Document type: Sale
Year: 1354
Scribe: Bernat de Torre
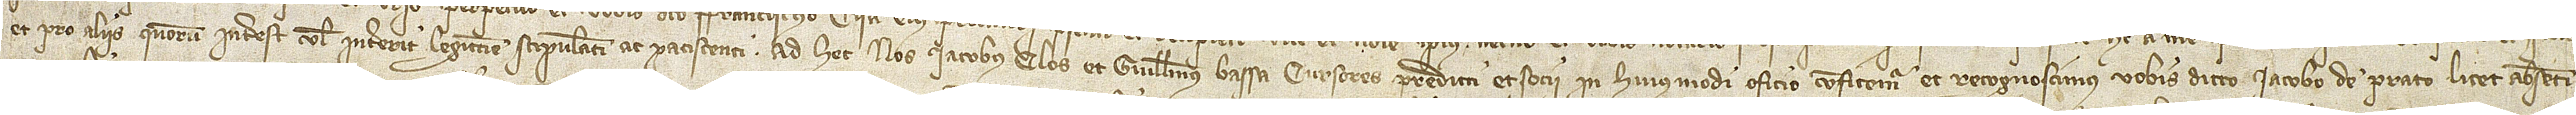
et pro aliis quorum interest vel intererit legittime stipulanti et paciscenti. Ad hec nos acobus Clos et Guillelmus Bassa, cursores predicti et socii in huiusmodi oficio, confitemur et recognoscimus vobis dicto Iacobo de Prato, licet absenti,